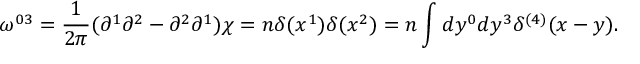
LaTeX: \omega ^ { 0 3 } = \frac { 1 } { 2 \pi } ( \partial ^ { 1 } \partial ^ { 2 } - \partial ^ { 2 } \partial ^ { 1 } ) \chi = n \delta ( x ^ { 1 } ) \delta ( x ^ { 2 } ) = n \int d y ^ { 0 } d y ^ { 3 } \delta ^ { ( 4 ) } ( x - y ) .